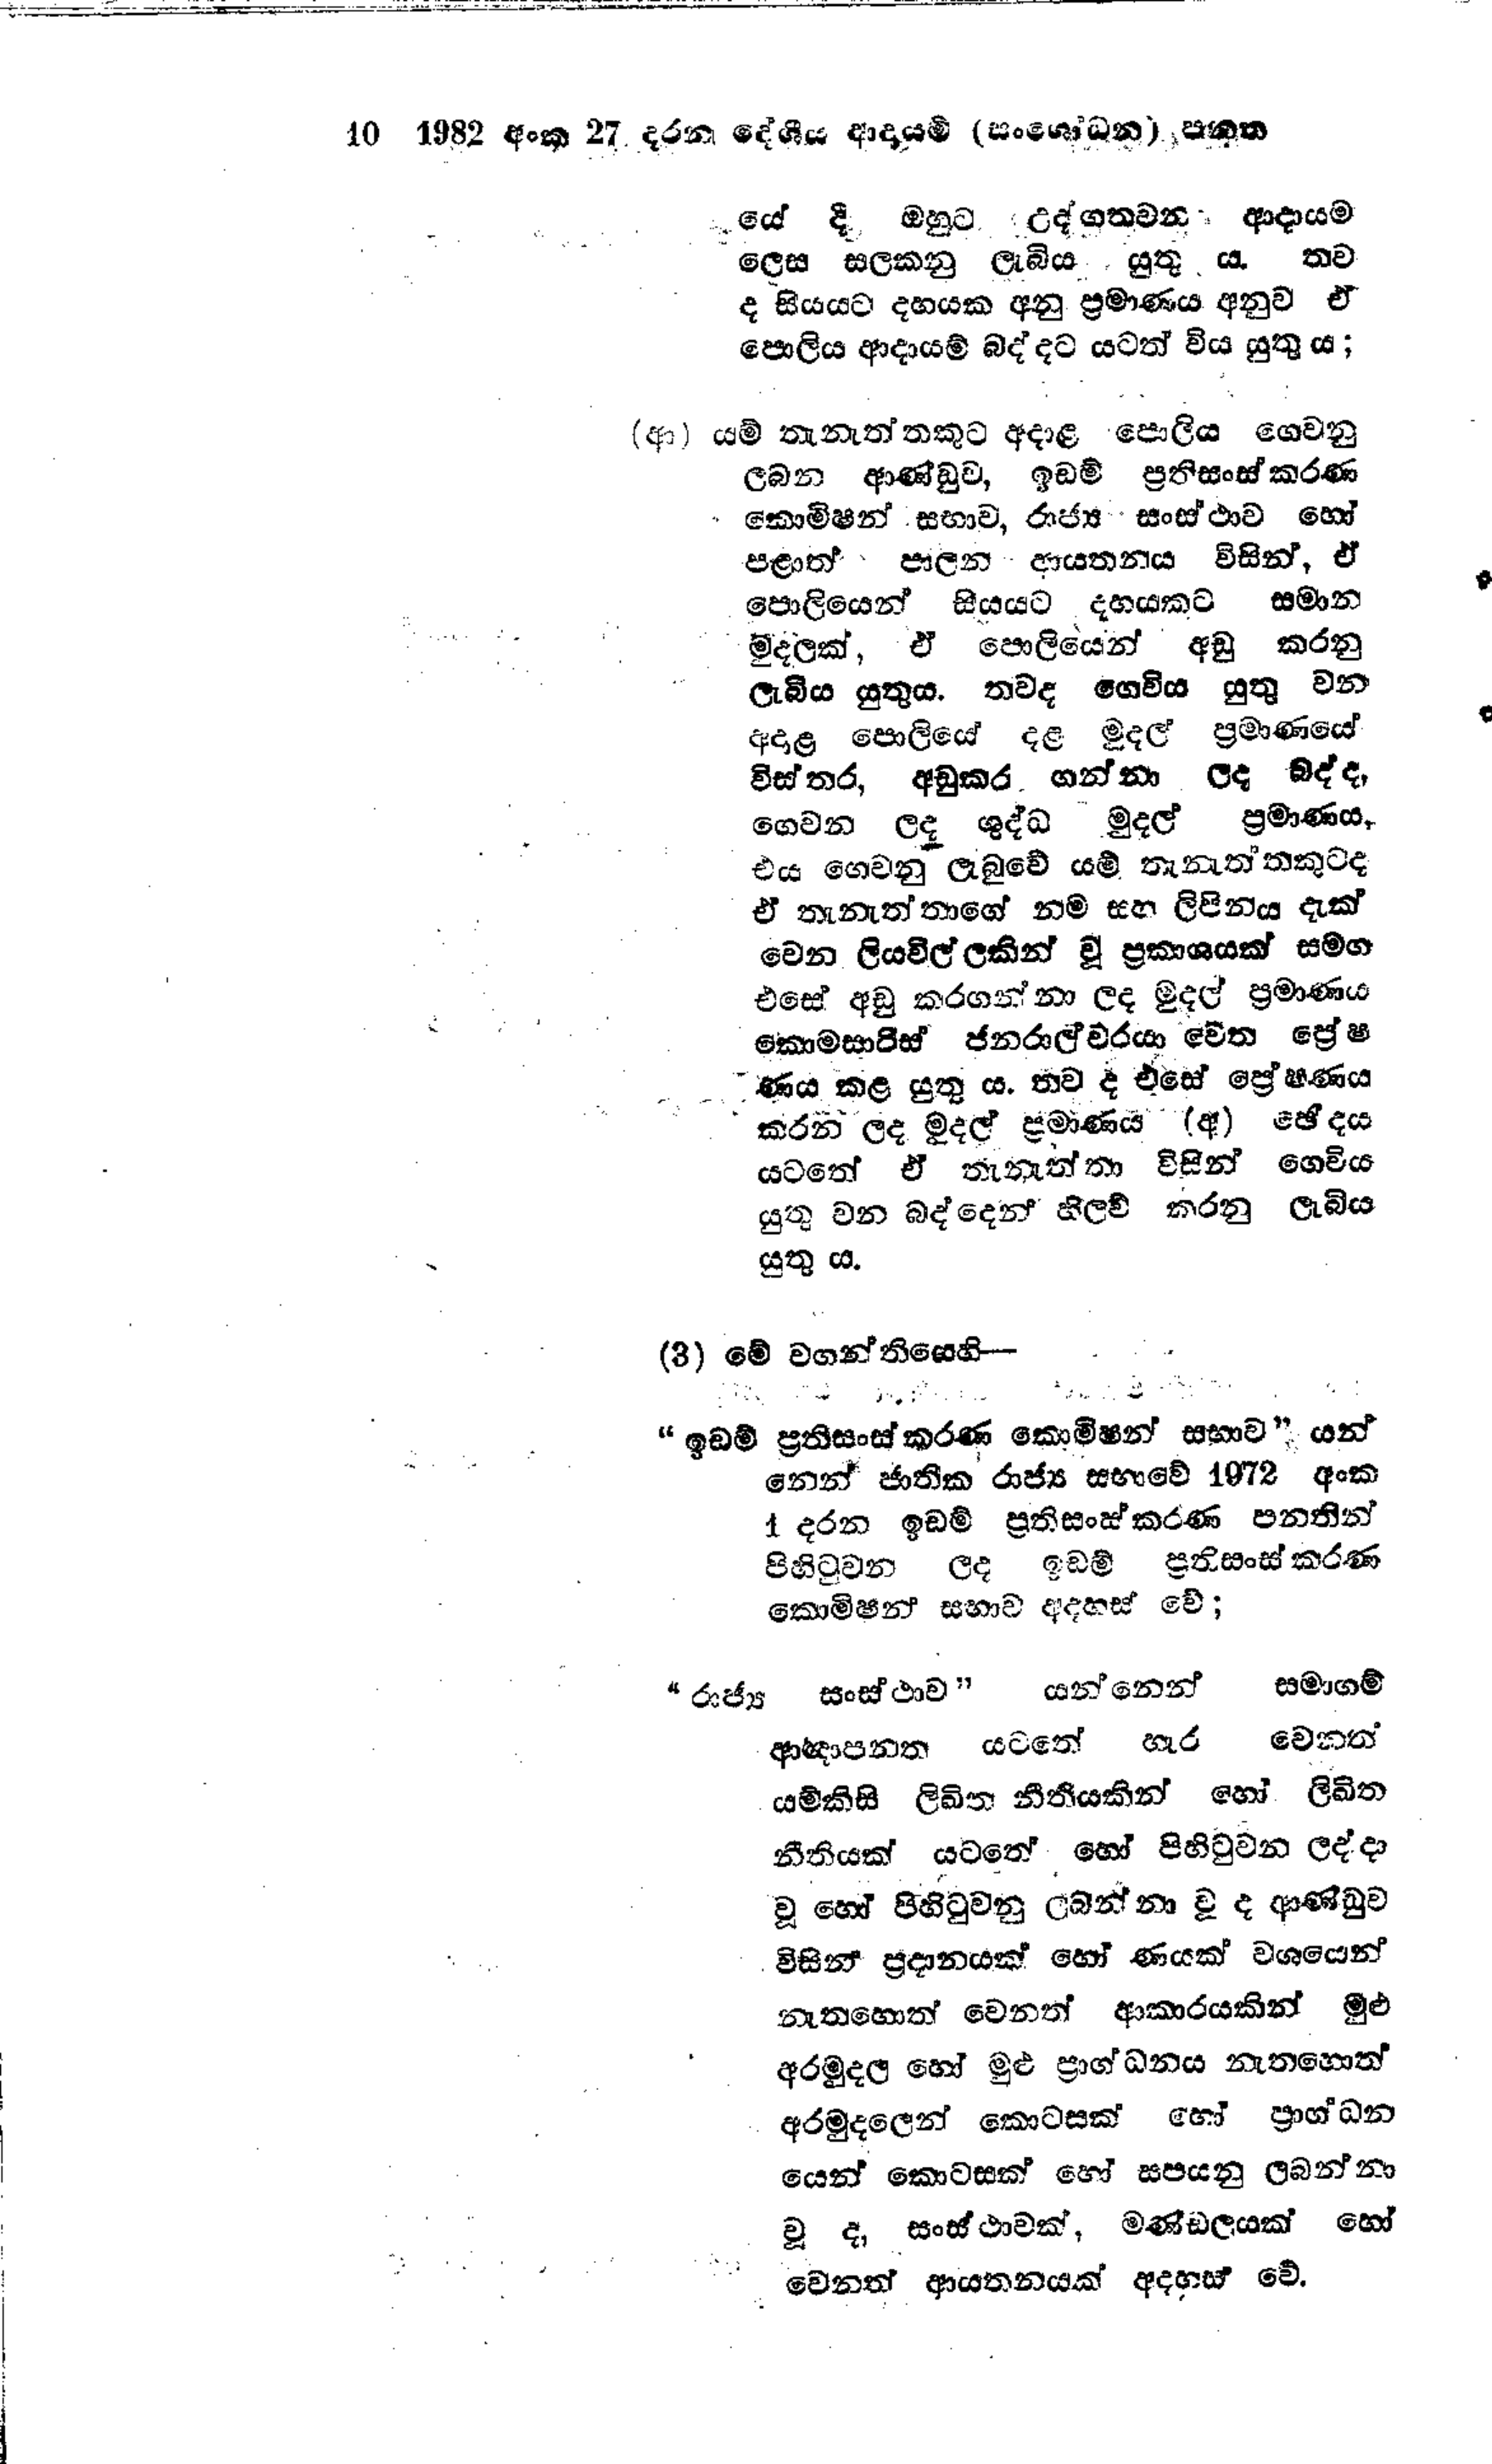
10 1982 අංක 27 දරන දේශීය ආදායම් (සංශෝධන) පනත

යේ දී ඔහුට උද්ගතවන ආදායම
ලෙස සලකනු ලැබිය යුතු ය. තව
ද සියයට දහයක අනු ප්‍රමාණය අනුව ඒ
පොලිය ආදායම් බද්දට යටත් විය යුතු ය.

(ආ) යම් තැනැත්තකුට අදාළ පොලිය ගෙවනු
ලබන ආණ්ඩුව, ඉඩම් ප්‍රතිසංස්කරණ
කොමිෂන් සභාව, රාජ්‍ය සංස්ථාව හෝ
පළාත් පාලන ආයතනය විසින්, ඒ
පොලියෙන් සියයට දහයකට සමාන
මුදලක්, ඒ පොලියෙන් අඩු කරනු
ලැබිය යුතුය. තවද ගෙවිය යුතු වන
අදාළ පොලියේ දළ මුදල් ප්‍රමාණයේ
විස්තර, අඩුකර ගන්නා ලද බද්ද,
ගෙවන ලද ශුද්ධ මුදල් ප්‍රමාණය.
එය ගෙවනු ලැබුවේ යම් තැනැත්තකුටද
ඒ තැනැත්තාගේ නම සහ ලිපිනය දැක්
වෙන ලියවිල්ලකින් වූ ප්‍රකාශයක් සමග
එසේ අඩු කරගන්නා ලද මුදල් ප්‍රමාණය
කොමසාරිස් ජනරාල්වරයා වෙත ප්‍රේෂ
ණය කළ යුතු ය. තව ද එසේ ප්‍රේෂණය
කරන ලද මුදල් ප්‍රමාණය (අ) ඡේදය
යටතේ ඒ තැනැත්තා විසින් ගෙවිය
යුතු වන බද්දෙන් හිලව් කරනු ලැබිය
යුතු ය.

(3) මේ වගන්තියෙහි -

"ඉඩම් ප්‍රතිසංස්කරණ කොමිෂන් සභාව " යන්
නෙත් ජාතික රාජ්‍ය සභාවේ 1972 අංක
1 දරන ඉඩම් ප්‍රතිසංස්කරණ පනතින්
පිහිටුවන ලද ඉඩම් ප්‍රතිසංස්කරණ
කොමිෂන් සභාව අදහස් වේ;

"රාජ්‍ය සංස්ථාව"යන්නෙන් සමාගම්
ආඥාපනත යටතේ හැර වෙනත්
යම්කිසි ලිඛිත නීතියකින් හෝ ලිඛිත
නීතියක් යටතේ හෝ පිහිටුවන ලද්දා
වූ හෝ පිහිටුවනු ලබන්නා වූ ද ආණ්ඩුව
විසින් ප්‍රදානයක් හෝ ණයක් වශයෙන්
නැතහොත් වෙනත් ආකාරයකින් මුළු
අරමුදල හෝ මුළු ප්‍රාග්ධනය නැතහොත්
අරමුදලෙන් කොටසක් හෝ ප්‍රාග්ධන
යෙන් කොටසක් හෝ සපයනු ලබන්නා
වූ ද, සංස්ථාවක්, මණ්ඩලයක් හෝ
වෙනත් ආයතනයක් අදහස් වේ.